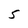
Character: 5